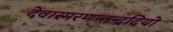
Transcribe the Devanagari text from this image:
देवास्मरणन्तन्द्रदियो